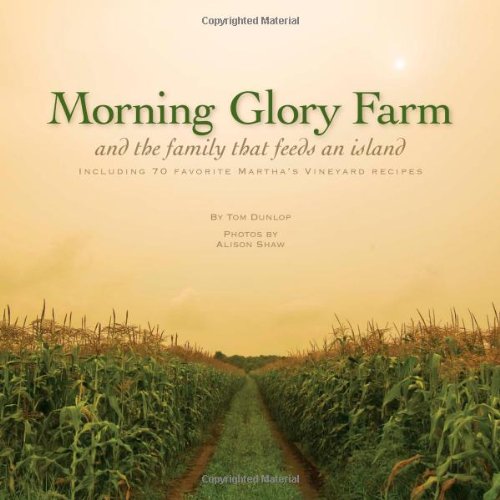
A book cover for Morning Glory Farm, and the Family that Feeds an Island; Tom Dunlop; Cookbooks, Food & Wine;